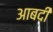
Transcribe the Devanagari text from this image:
आबदी